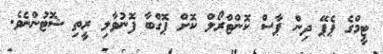
ޓީމްގެ ޕެޕޭ ދިން ޕާސް ކޮންޓްރޯލް ކޮށް ޕޮގްބާ ފޮނުވާލި ރީތި ޝޮޓުންނެވެ.